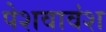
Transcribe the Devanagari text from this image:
पेशवावंश